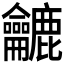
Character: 𪛓